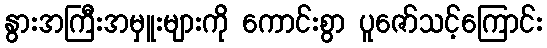
နွားအကြီးအမှူးများကို ကောင်းစွာ ပူဇော်သင့်ကြောင်း